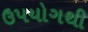
ઉપયોગથી